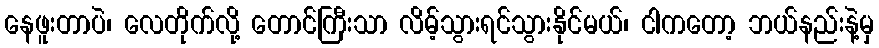
နေဖူးတာပဲ၊ လေတိုက်လို့ တောင်ကြီးသာ လိမ့်သွားရင်သွားနိုင်မယ်၊ ငါကတော့ ဘယ်နည်းနဲ့မှ